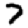
Digit: 7